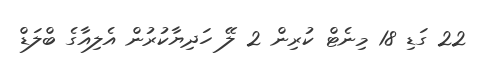
22 ގަޑި 18 މިނެޓް ކުރިން 2 ލޭ ހަދިޔާކުރުން އެލިއާގެ ބްލަޑް